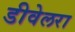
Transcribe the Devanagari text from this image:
डीवेलरा